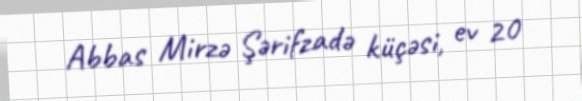
Abbas Mirzə Şərifzadə küçəsi, ev 20